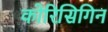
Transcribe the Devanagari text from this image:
कोरिसिगिन